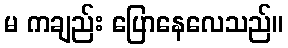
မ ကချည်း ပြောနေလေသည်။